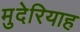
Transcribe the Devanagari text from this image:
मुदेरियाह